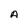
Character: A